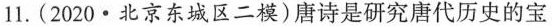
11.(2020·北京东城区二模)唐诗是研究唐代历史的宝